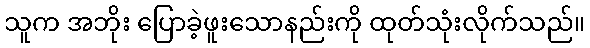
သူက အဘိုး ပြောခဲ့ဖူးသောနည်းကို ထုတ်သုံးလိုက်သည်။